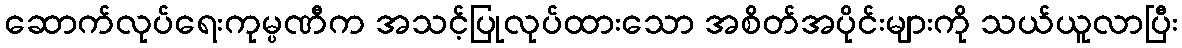
ဆောက်လုပ်ရေးကုမ္ပဏီက အသင့်ပြုလုပ်ထားသော အစိတ်အပိုင်းများကို သယ်ယူလာပြီး